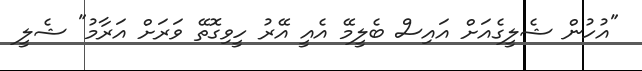
"އުހުން ޝެލީގެއަށް އައިސް ބެލީމޭ އެއީ އޭރު ހީވިގޮތޭ ވަރަށް އަރާމު" ޝެލީ